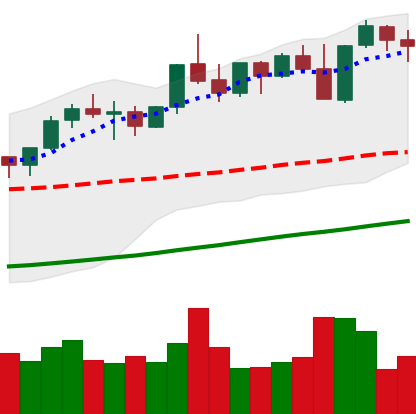
Ticker: ETH-USD
Chart end date: 2021-10-31
Forward return: 4.621%
Label: up_3_5